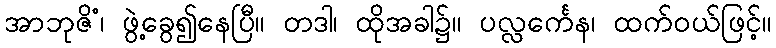
အာဘုဇိံ၊ ဖွဲ့ခွေ၍နေပြီ။ တဒါ၊ ထိုအခါ၌။ ပလ္လင်္ကေန၊ ထက်ဝယ်ဖြင့်။